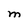
Character: M